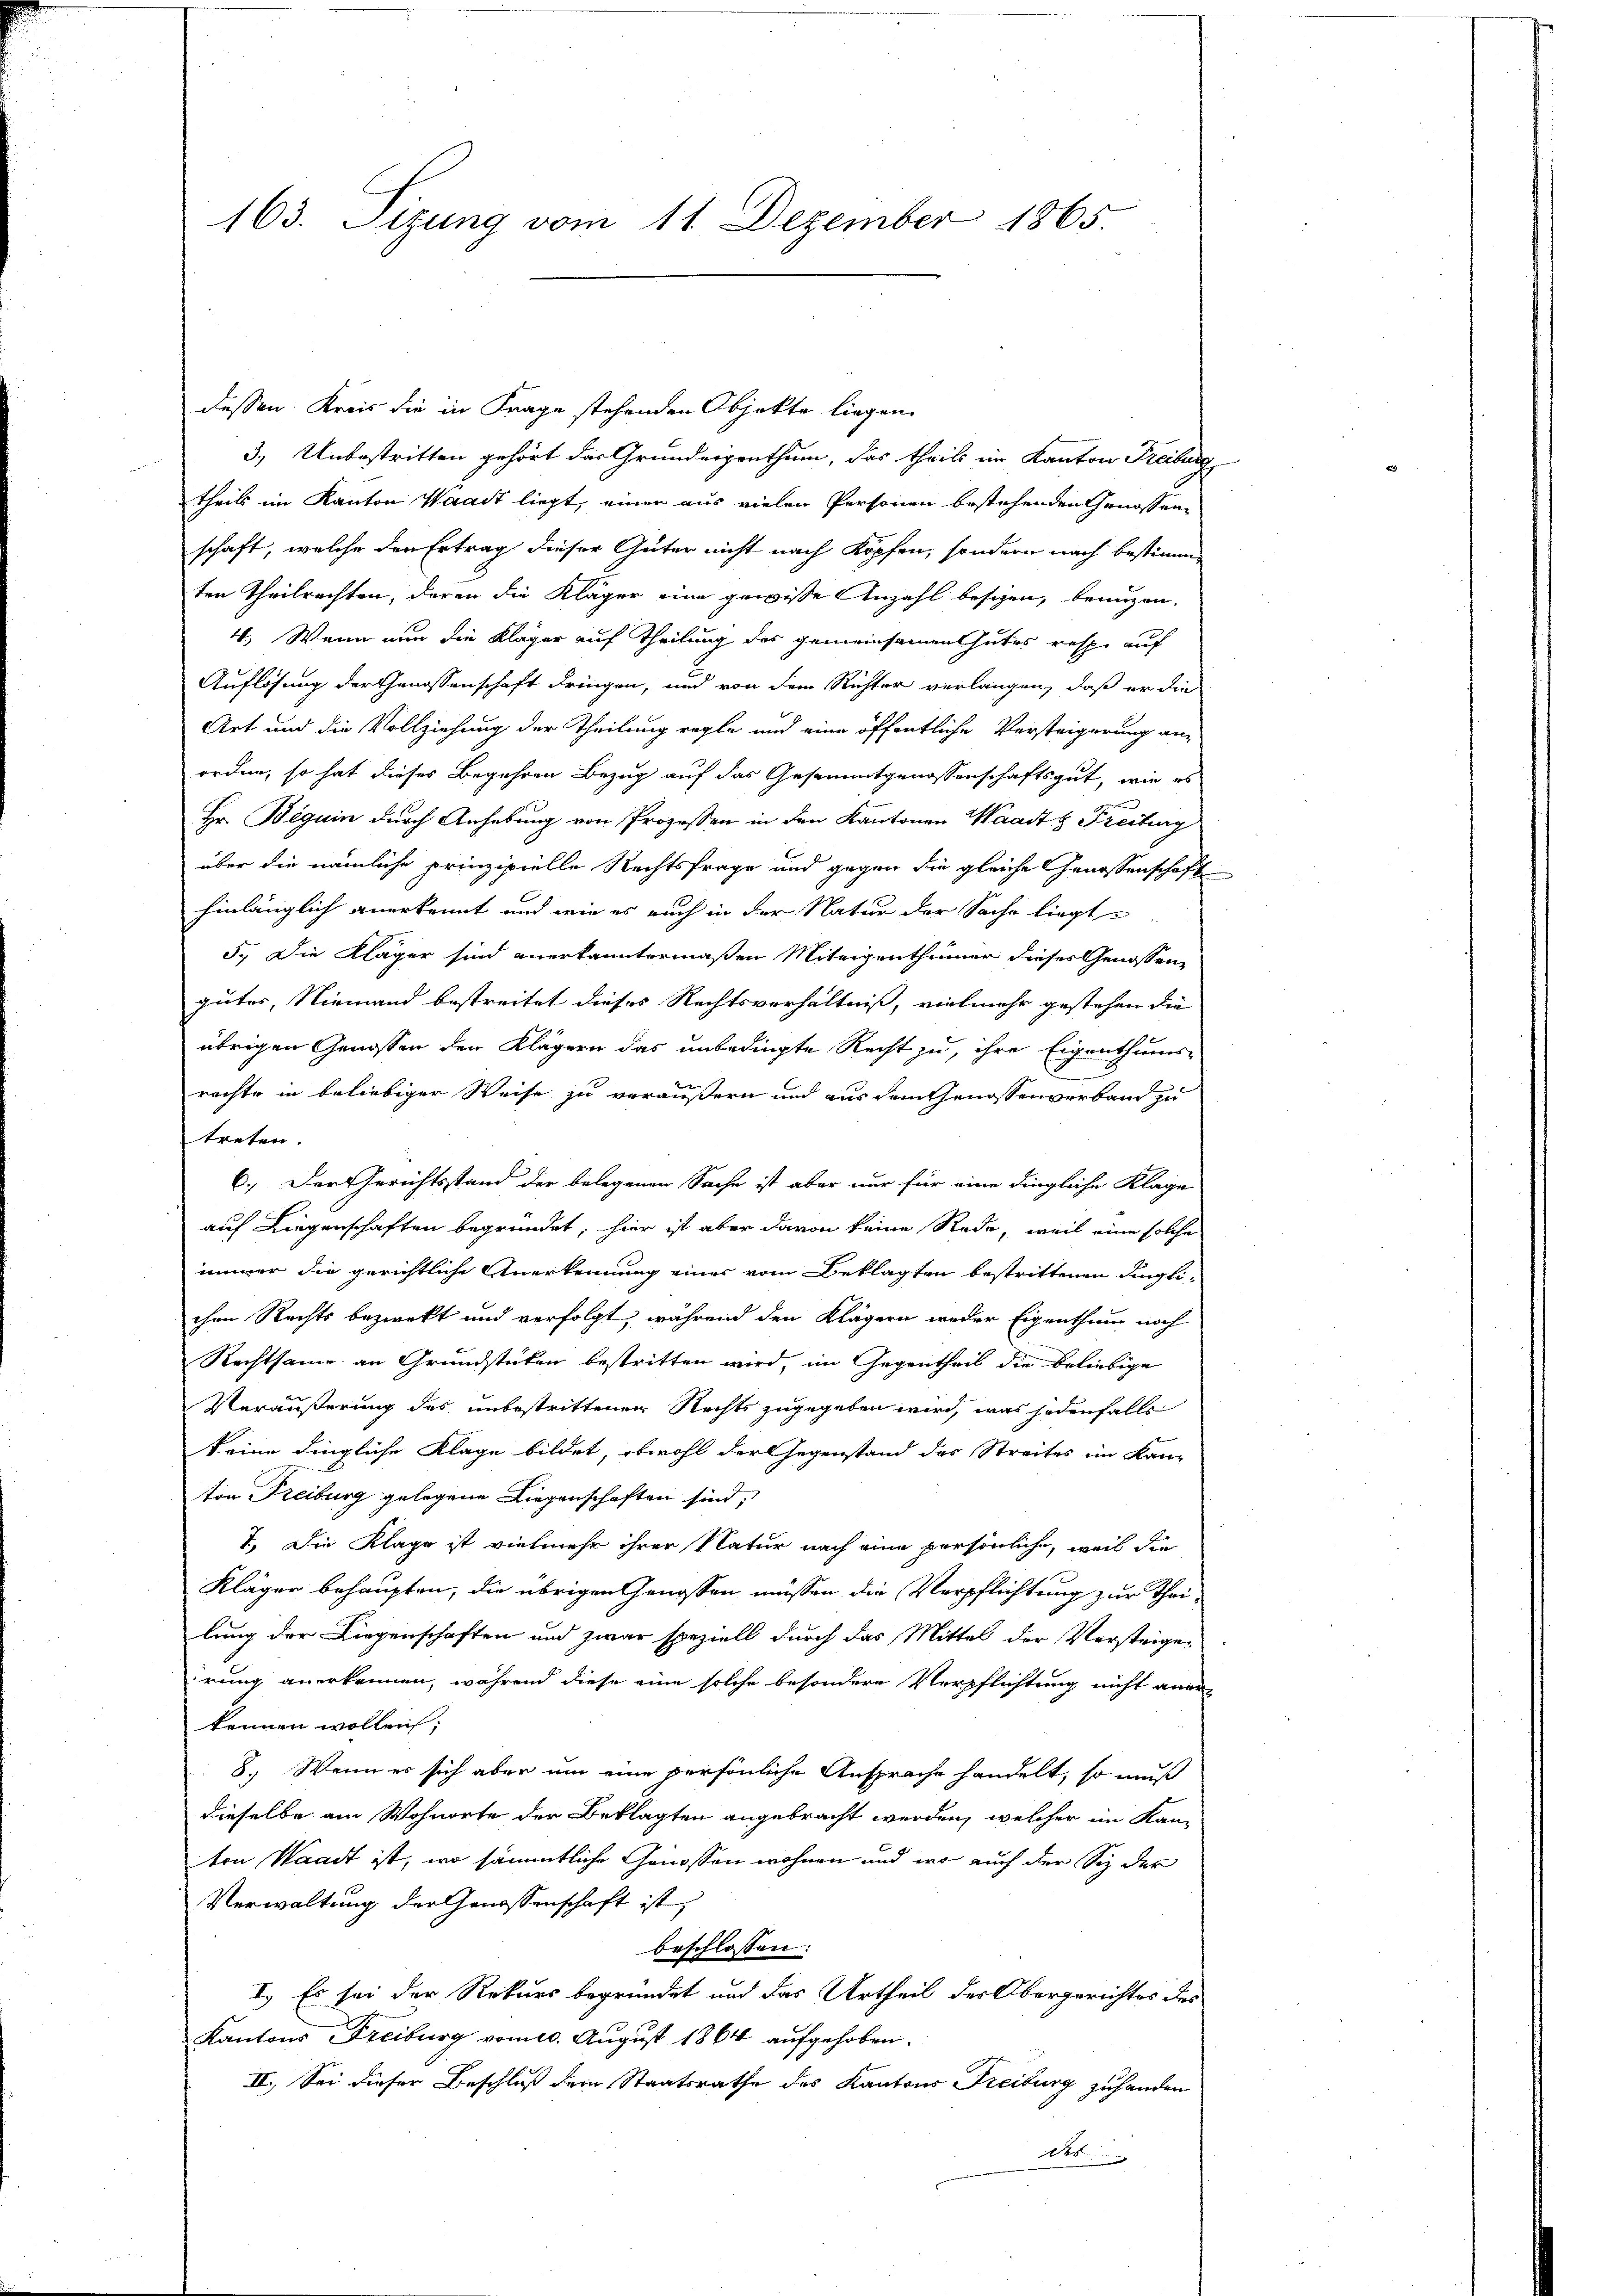
163. Tizung vom 11. Dezember 1865.

dessen: Kreis die in Frage stehenden Objekte liegen.
3.) Unbestritten gehört das Grundergenthum, das theils im Kanton Freiburg
 8
theils im Kanton Waadt liegt, einen aus vielen Personen bestehenden Genossenschaft, welche den Ertrag dieser Güter nicht nach Köpfen, sondern nach bestimm
ten Theilrechten, daran die Kläger eine gewisse Anzahl besizen, benuzen.
4. Wenn nun die Kläger auf Theilung des gemeinsamen Gutes resp. auf
Auflösung der Genossenschaft dringen, und von dem Richter verlangen, daß er die
Art und die Vollziehung der Theilung regte und eine öffentliche Versteigerung an-
ordne, so hat dieses Begehren Bezug auf das Gesammtgenossenschaftsgut, wie es
Hr. Beguin durch Anhebung von Prozessen in den Kantonen Waadt & Freiburg
über die nämliche prinzipielle Rechtsfrage und gegen die gleiche Genossenschaft
hinlänglich anerkennt und wie es auch in der Natur der Sache liegt
5. Die Kläger sind anerkanntermaßen Miteigenthümer dieses Genossen
güter, Niemand bestreitet dieses Rechtsverhältniss, vielmehr gestehen die
übrigen Genossen der Klägern das unbedingte Recht zu, ihre Eigenthums-
rechte in beliebiger Weise zu veräußern und aus dem Genossenverband zu
treten.
6. Der Gerichtsstand der belegenen Sache ist aber nur für eine dingliche Klage
auf Liegenschaften begründet, hier ist aber davon keine Rede, weil eine solche
immer die gerichtliche Anerkennung einer vom Beklagten bestrittenen Dinglichen Rechts bezwekt und verfolgt, während den Klägern weder Eigenthum noch
Rechtsame an Grundstücken bestritten wird, im Gegentheil die beliebige
Veräußerung des unbestrittenen Rechts zugegeben wird, was jedenfalls
keine dingliche Klage bildet, obwohl der Gegenstand des Streites im Kanton Freiburg gelegene Liegenschaften sind,
I. Die Klage ist vielmehr ihrer Natur nach eine persönliche, weil die
Kläger behaupten, die übrigen Genossen müssen die Verpflichtung zur Theilung der Liegenschaften und zwar speziell durch das Mittel der Versteigen
irung anerkennen, während diese eine solche besondere Verpflichtung nicht aner
kennen wollen;
8. Wenn es sich aber um eine persönliche Ansprache handelt, so muß
dieselbe am Wohnorte der Beklagten angebracht werden, welcher im Kanvon Waadt ist, wo sämmtliche Genossen wohnen und wo auch der Sie der
Verwaltung der Genossenschaft ist,
beschlossen:
I.) Es sei der Rekurs begründet und das Urtheil der Obergerichtes des
Kantons Freiburg vom 20. August 1864 aufgehoben.
II. Sei dieser Beschluß dem Staatsrathe des Kantons Freiburg zu handen
des

n
.